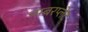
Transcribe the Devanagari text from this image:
नम्बरप्लेट